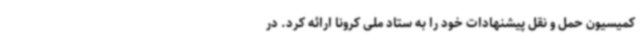
کمیسیون حمل و نقل پیشنهادات خود را به ستاد ملی کرونا ارائه کرد. در